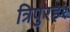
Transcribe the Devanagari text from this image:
त्रिपुरहर